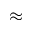
\approx